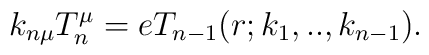
k_{n\mu}T_{n}^{\mu}=eT_{n-1}(r;k_{1},..,k_{n-1}).